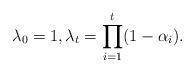
LaTeX: \begin{align*}\lambda_0=1, \lambda_t=\prod_{i=1}^{t}(1-\alpha_i).\end{align*}